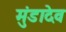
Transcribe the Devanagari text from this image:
मुंडादेव